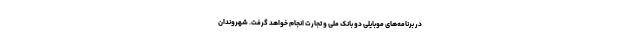
در برنامه‌های موبایلی دو بانک ملی و تجارت انجام خواهد گرفت. شهروندان